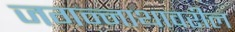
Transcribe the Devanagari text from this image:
जगन्नाथावरील